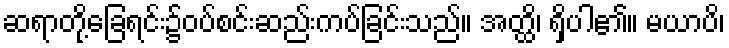
ဆရာတို့ခြေရင်း၌ဝပ်စင်းဆည်းကပ်ခြင်းသည်။ အတ္ထိ၊ ရှိပါ၏။ မယာပိ၊